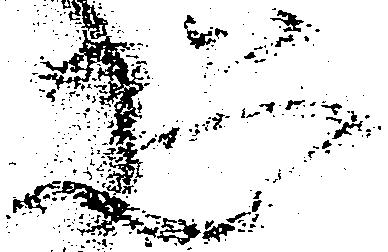
恐